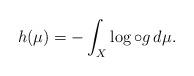
LaTeX: \begin{align*}h(\mu)=-\int_X \log\circ g\,d\mu.\end{align*}